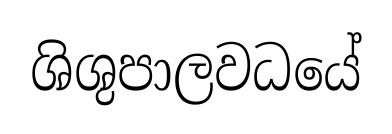
ශිශුපාලවධයේ